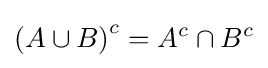
\left(A\cup B\right)^{c}=A^{c}\cap B^{c}